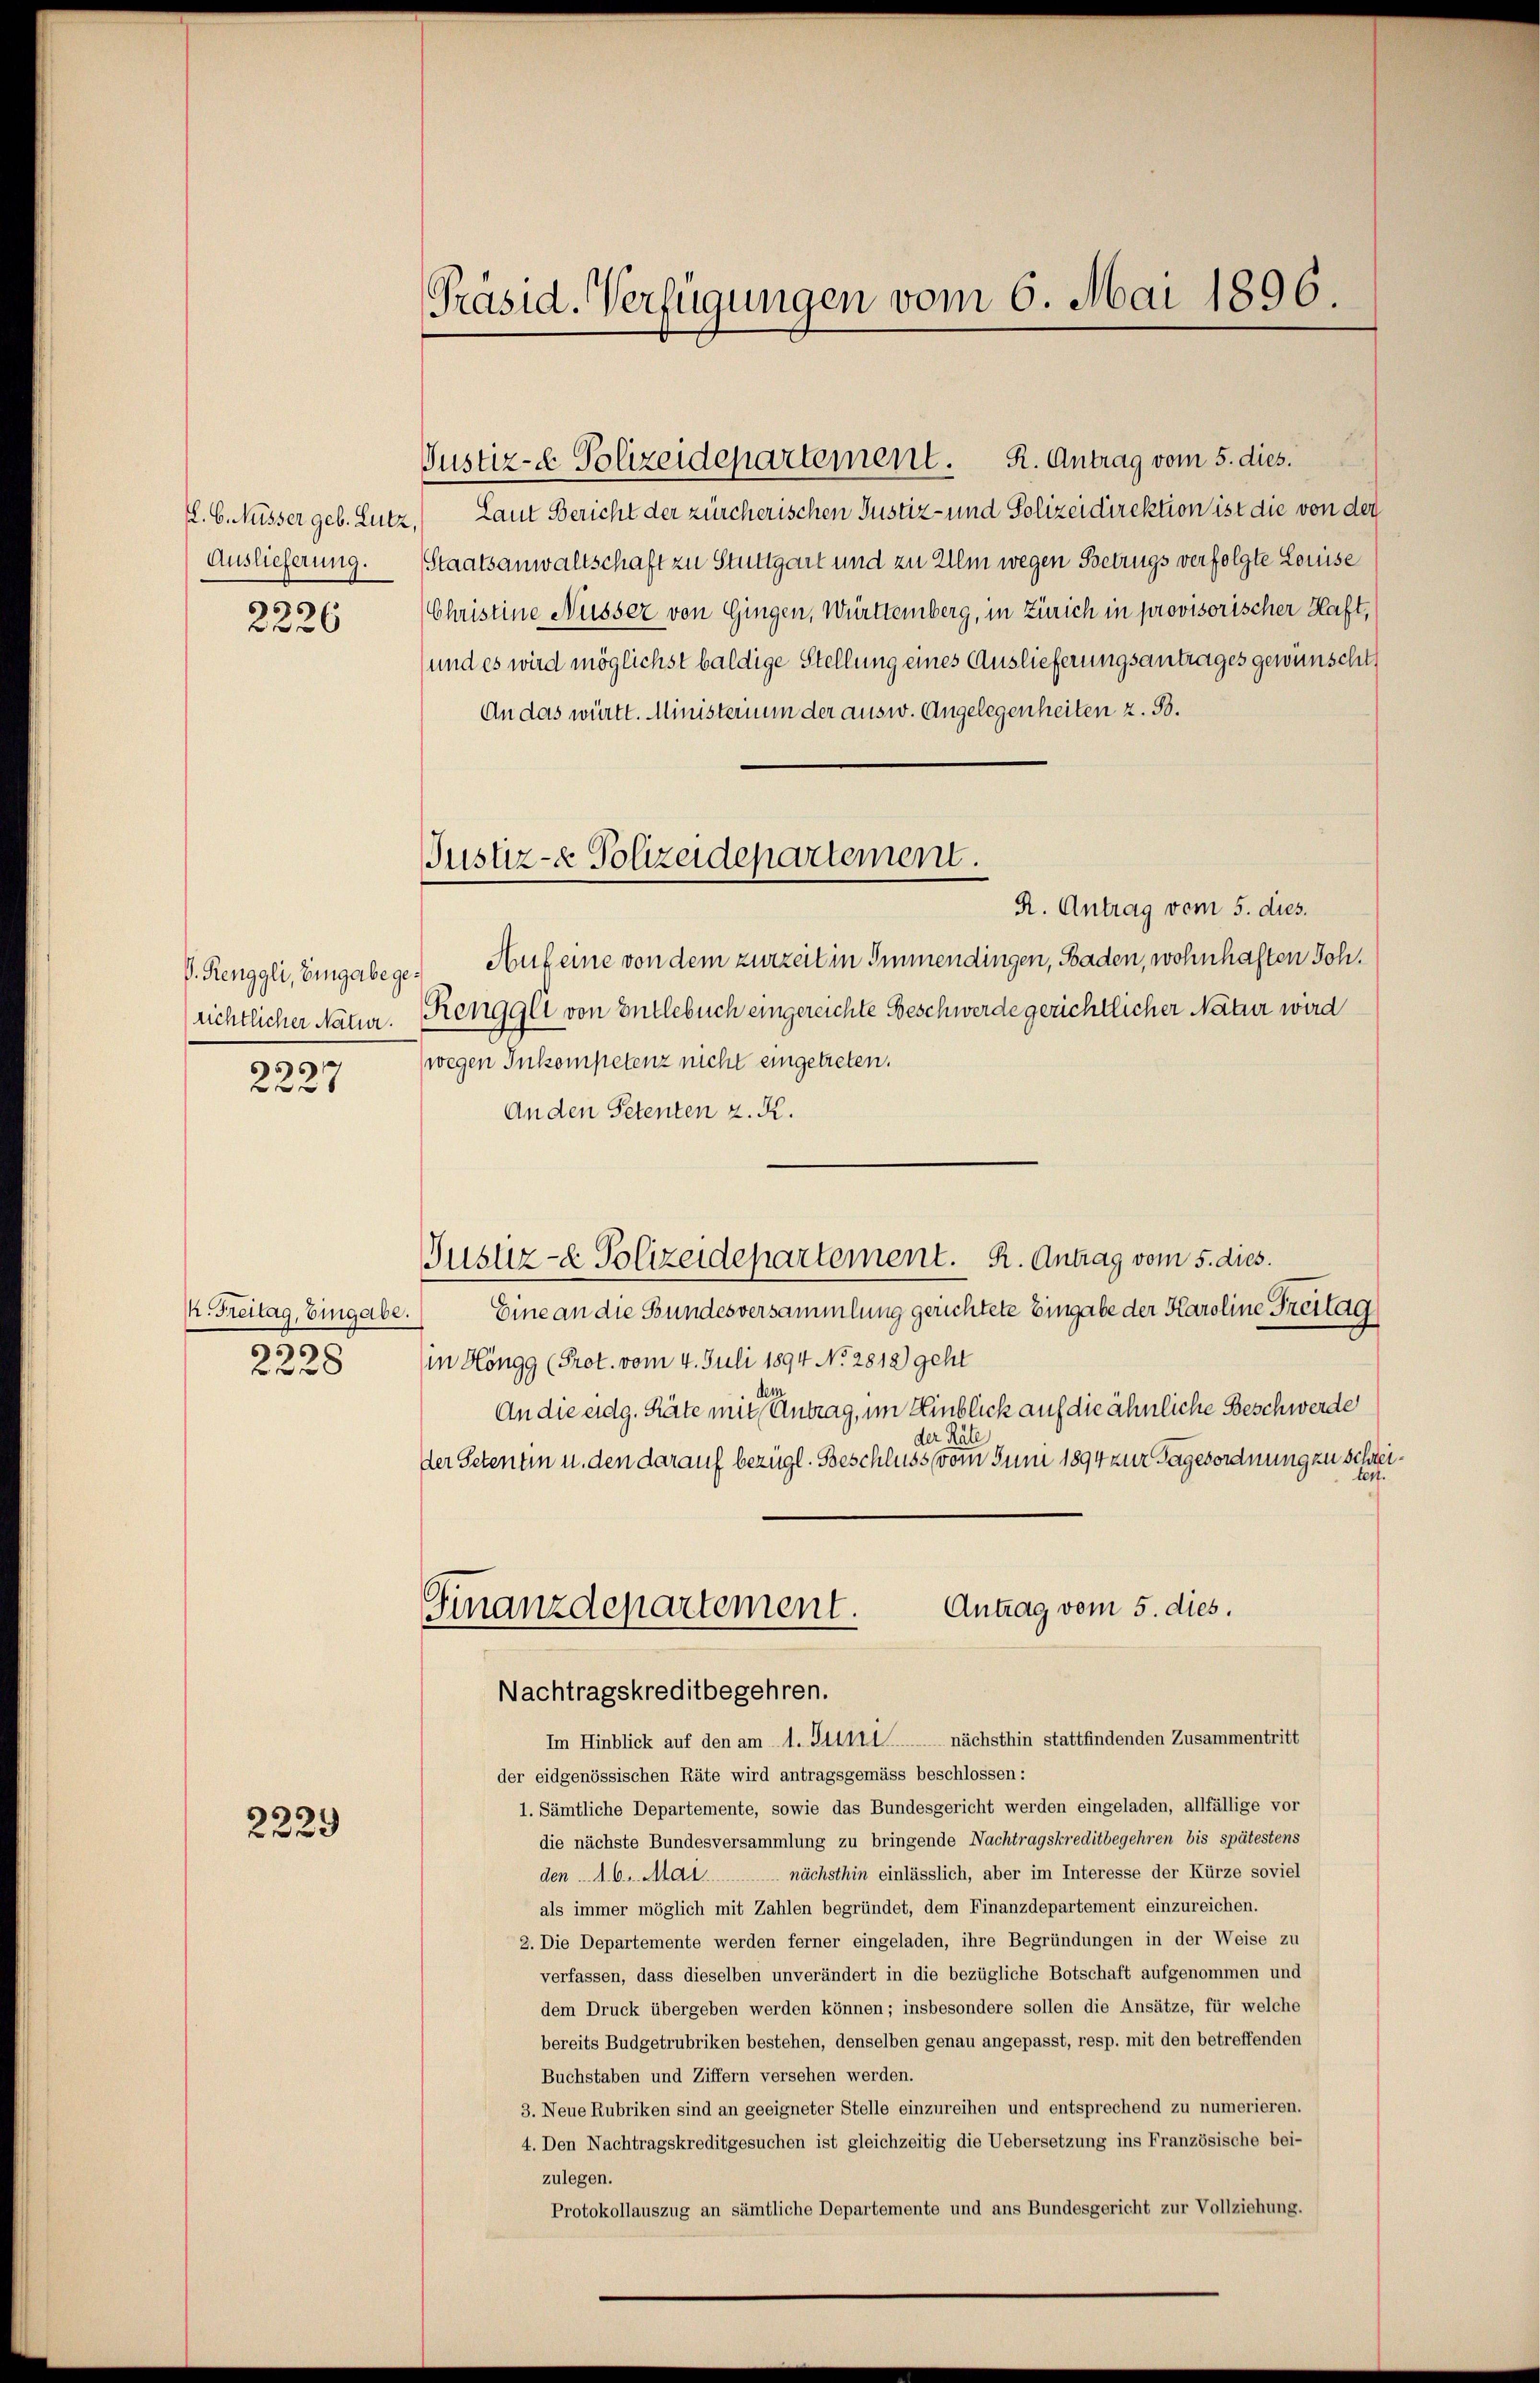
Auslieferung.
2226

richtlicher Natur.
3

27

/. Freitag, Eingabe.
695
6 f 28

2229

Präsid. Verfügungen vom 6. Mai 1896.

Justiz- & Polizeidepartement.

Justiz- & Polizeidepartement. R. Antrag vom 5. dies.
. b. Nüsser geb. Lutz, Laut Bericht der zürcherischen Justiz- und Polizeidirektion ist die von der
Staatsanwaltschaft zu Stuttgart und zu Ulm wegen Betrugs verfolgte Louise
Christine Nüsser von Gingen, Württemberg, in Zürich in provisorischer Haft,
und es wird möglichst baldige Stellung eines Auslieferungsantrages gewünscht,
An das württ. Ministerium der ausw. Angelegenheiten z. B.
R. Antrag vom 5. dies
V. Renggli, Eingabege. Auf eine von dem zurzeit in Immendingen, Baden, wohnhaften Joh.
Renggli von Entlebuch eingereichte Beschwerde gerichtlicher Natur wird
(wegen Inkompetenz nicht eingetreten.
An den Petenten z. R.
Justiz- & Polizeidepartement. R. Antrag vom 5. dies.
Eine an die Bundesversammlung gerichtete Eingabe der Karoline Freitag
in Höngg (Prot. vom 4. Juli 1894 No. 2812) geht
An die eidg. Räte mit entrag, im Hinblick auf die ähnliche Beschwerde
der Räte
der Petentin u. den darauf bezügl. Beschluss vom Juni 1894 zur Tagesordnung zu schrei¬
u
Antrag vom 5. dies.
Finanzdepartement.
Nachtragskreditbegehren.
Im Hinblick auf den am 1. Julii nächsthin stattfindenden Zusammentritt
der eidgenössischen Räte wird antragsgemäss beschlossen:
1. Sämtliche Departemente, sowie das Bundesgericht werden eingeladen, allfällige vor
die nächste Bundesversammlung zu bringende Nachtragskreditbegehren bis spätestens
den 16. Mai nächsthin einlässlich, aber im Interesse der Kürze soviel
als immer möglich mit Zahlen begründet, dem Finanzdepartement einzureichen.
2. Die Departemente werden ferner eingeladen, ihre Begründungen in der Weise zu
verfassen, dass dieselben unverändert in die bezügliche Botschaft aufgenommen und
dem Druck übergeben werden können; insbesondere sollen die Ansätze, für welche
bereits Budgetrubriken bestehen, denselben genau angepasst, resp. mit den betreffenden
Buchstaben und Ziffern versehen werden.
3. Neue Rubriken sind an geeigneter Stelle einzureihen und entsprechend zu numerieren.
4. Den Nachtragskreditgesuchen ist gleichzeitig die Uebersetzung ins Französische bei-
zulegen.
Protokollauszug an sämtliche Departemente und ans Bundesgericht zur Vollziehung.